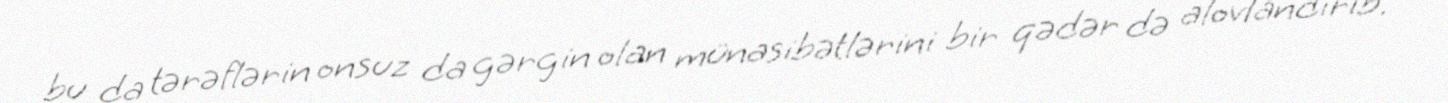
bu da tərəflərin onsuz da gərgin olan münasibətlərini bir qədər də alovlandırıb.